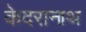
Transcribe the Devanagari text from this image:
केदरानाथ